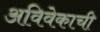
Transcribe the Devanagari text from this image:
अविवेकाची